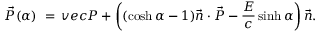
\vec { \cal { P } } ( \alpha ) \ = \, v e c { \cal { P } } + \left( ( \cosh \alpha - 1 ) \vec { n } \cdot \vec { \cal { P } } - \frac { \cal { E } } { c } \sinh \alpha \right) \vec { n } .